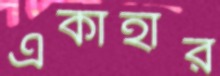
একাহার